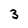
Character: 3